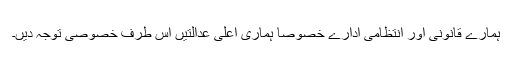
ہمارے قانونی اور انتظامی ادارے خصوصا ہماری اعلیٰ عدالتیں اس طرف خصوصی توجہ دیں۔